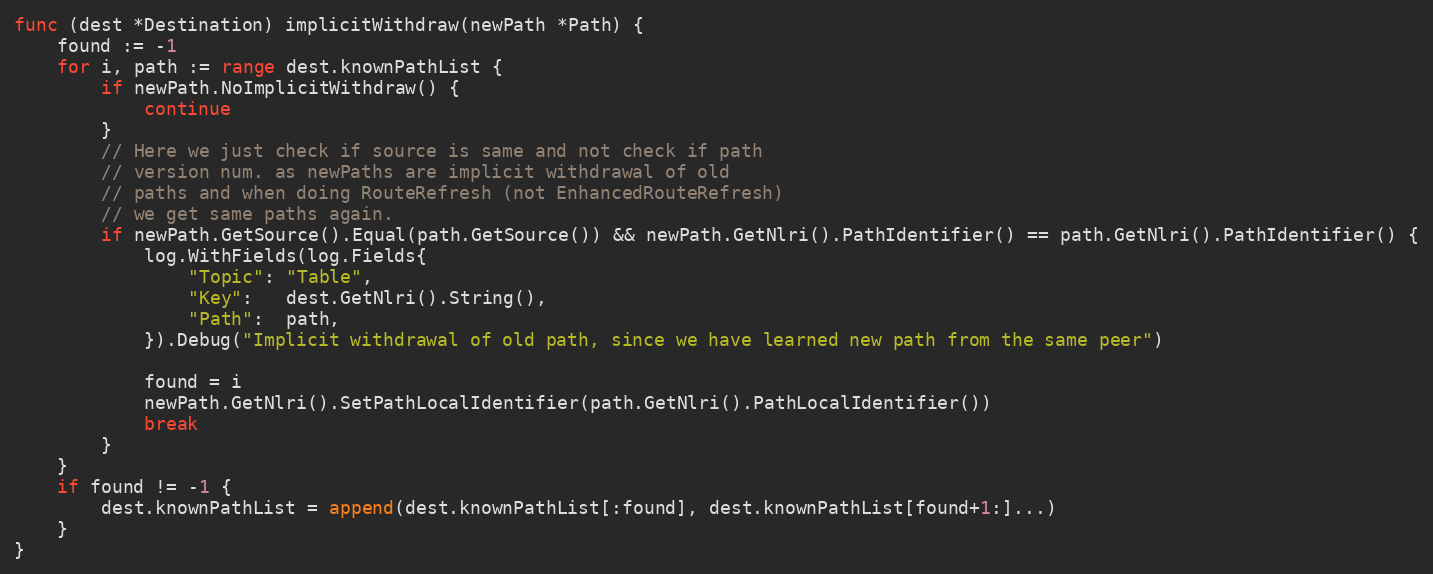
Language: Go
func (dest *Destination) implicitWithdraw(newPath *Path) {
	found := -1
	for i, path := range dest.knownPathList {
		if newPath.NoImplicitWithdraw() {
			continue
		}
		// Here we just check if source is same and not check if path
		// version num. as newPaths are implicit withdrawal of old
		// paths and when doing RouteRefresh (not EnhancedRouteRefresh)
		// we get same paths again.
		if newPath.GetSource().Equal(path.GetSource()) && newPath.GetNlri().PathIdentifier() == path.GetNlri().PathIdentifier() {
			log.WithFields(log.Fields{
				"Topic": "Table",
				"Key":   dest.GetNlri().String(),
				"Path":  path,
			}).Debug("Implicit withdrawal of old path, since we have learned new path from the same peer")

			found = i
			newPath.GetNlri().SetPathLocalIdentifier(path.GetNlri().PathLocalIdentifier())
			break
		}
	}
	if found != -1 {
		dest.knownPathList = append(dest.knownPathList[:found], dest.knownPathList[found+1:]...)
	}
}